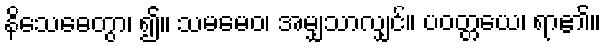
နိသေဓေတွာ၊ ၍။ သမမေဝ၊ အမျှသာလျှင်။ ပဝတ္တယေ၊ ရာ၏။